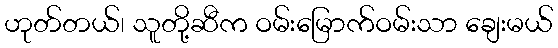
ဟုတ်တယ်၊ သူတို့ဆီက ဝမ်းမြောက်ဝမ်းသာ ချေးမယ်